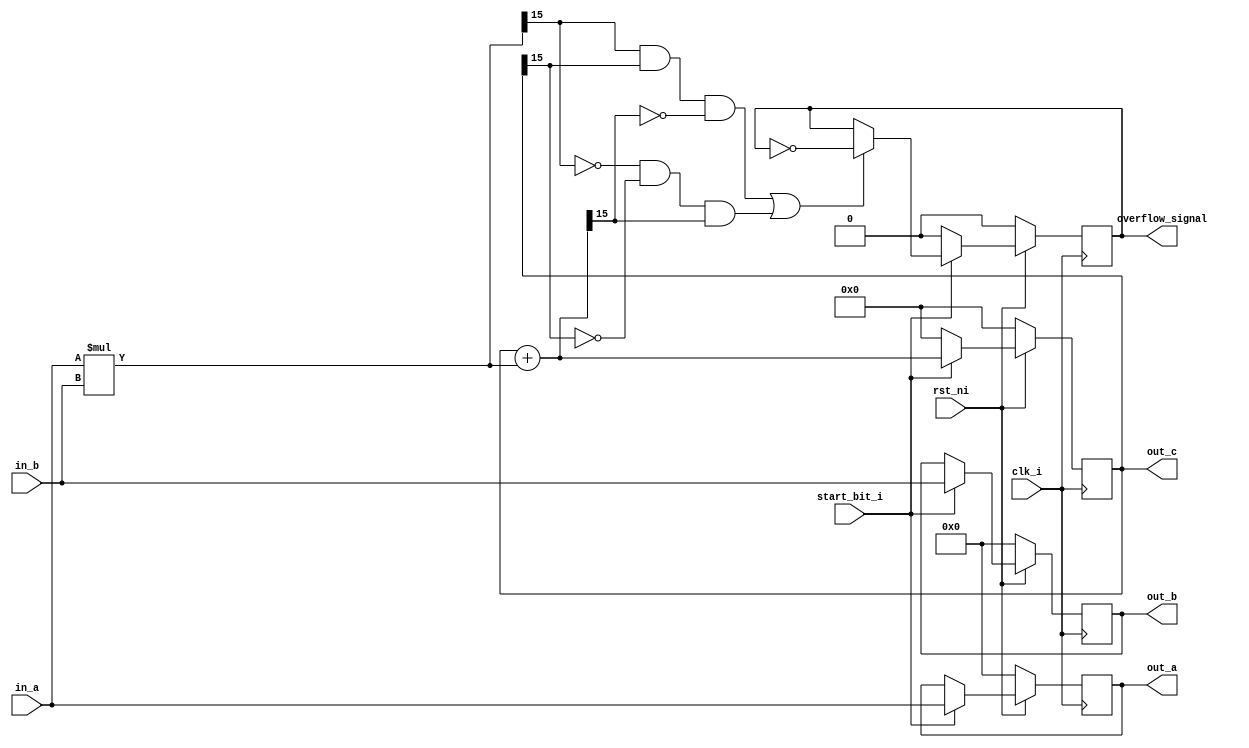
`resetall
`timescale 1ns/10ps

 
 module pe_module(clk_i, rst_ni,start_bit_i, in_a, in_b, out_a, out_b, out_c, overflow_signal); // this module is a proccessing element that takes an element from matrix A and matrix B, multiply them and sums to register repeatedly.
  // define parameters
  parameter DATA_WIDTH = 8;// 8,16,32
  // inputs
  input wire rst_ni, clk_i, start_bit_i; // negative reset, positive clock
  input wire signed [DATA_WIDTH-1:0] in_a, in_b; // matrix element inputs
  // outputs
  output reg signed [DATA_WIDTH*2-1:0] out_c;//[BUS_WIDTH-1:0] out_c;
  output reg signed [DATA_WIDTH-1:0] out_a, out_b; // chained inputs to next PE
  output reg overflow_signal; // indicate overflow
  
  // Multiplier component
  wire signed [2*DATA_WIDTH-1:0] mult_res = in_a * in_b; 
  wire signed [2*DATA_WIDTH:0] macc_res = out_c + mult_res; 

  // start calculation
  always @(posedge clk_i) // we chose to use clk_i instead of * in order to be able to know for sure when the inputs and outputs are ready
  begin: CALC_OUT // start proccessing element calculation
    if (~rst_ni) // negative reset
    begin // we can give up the begin-end block because we don't mind if the statements will be executed sequentially or not
      out_a <= 0; // reset a out
      out_b <= 0; // reset b out
      out_c <= 0; // reset c out
	    overflow_signal <= 0; // reset overflow out
    end // end reset
    else // else statement
    begin 
	    if (start_bit_i) // than it ok to start
	    begin // we can give up the begin-end block because we don't mind if the statements will be executed sequentially or not	
        out_a <= in_a; // chain a to next PE
        out_b <= in_b; // chain b to next PE
	      if ((mult_res[2*DATA_WIDTH-1] && out_c[2*DATA_WIDTH-1] && ~macc_res[2*DATA_WIDTH-1]) || (~mult_res[2*DATA_WIDTH-1] && ~out_c[2*DATA_WIDTH-1] && macc_res[2*DATA_WIDTH-1])) begin
          overflow_signal <= ~overflow_signal;
          out_c <= macc_res[2*DATA_WIDTH-1:0];
        end
		    else begin
		      out_c <= macc_res[2*DATA_WIDTH-1:0];
		    end
	    end // end if
	    else begin
        out_c <= 0;
        overflow_signal <= 0;
		  end
    end// end else
  end // end calculation

endmodule